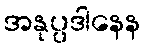
အနုပ္ပဒါနေန